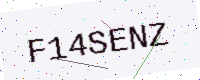
Text: F14SENZ